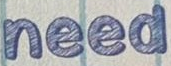
need